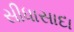
સીધાસાદા